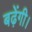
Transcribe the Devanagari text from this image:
बढ़ेंगी।